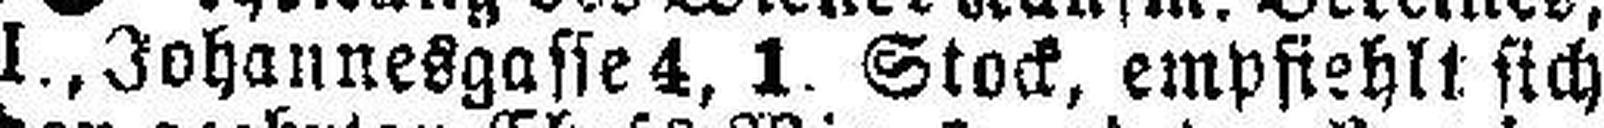
l., Johannesgasse 4, 1. Stock, empfiehlt sich